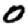
Digit: 0